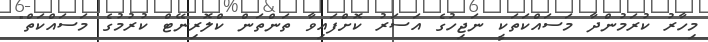
މިހާރު ކުރަމުންދާ މަސައްކަތަކީ ނަޖިހުގެ އަސަރު ކޮށްފައިވާ ތަންތަން ކްލޮރިނޭޓް ކުރުމުގެ މަސައްކަތް"